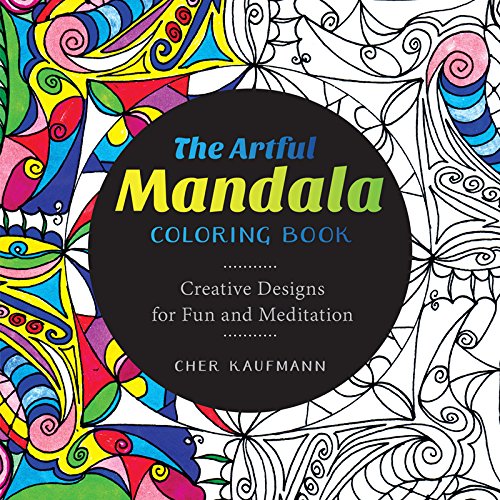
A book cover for The Artful Mandala Coloring Book: Creative Designs for Fun and Meditation; Cher Kaufmann; Humor & Entertainment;